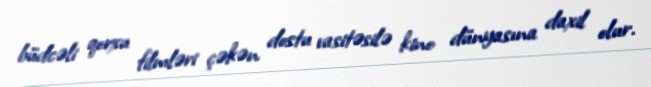
büdcəli qorxu filmləri çəkən dostu vasitəsilə kino dünyasına daxil olur.